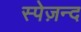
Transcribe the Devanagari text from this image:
स्पेज़न्द